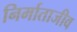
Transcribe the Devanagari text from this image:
निर्माताजीव